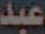
عبد